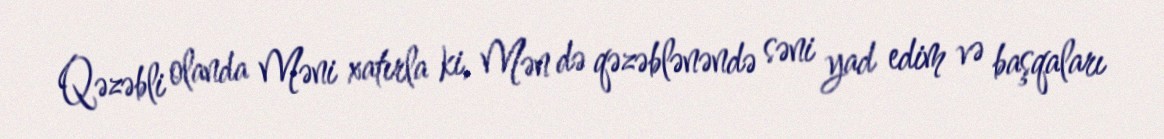
Qəzəbli olanda Məni xatırla ki, Mən də qəzəblənəndə səni yad edim və başqaları